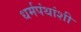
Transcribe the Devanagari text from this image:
धर्मपंथांशी